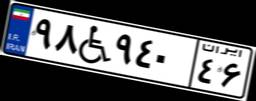
۹۸W۹۴۰۴۶